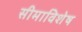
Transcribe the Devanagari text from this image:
सीमाविशेष